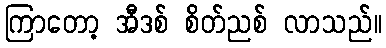
ကြာတော့ အီဒစ် စိတ်ညစ် လာသည်။